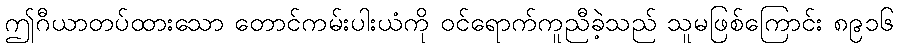
ဤဂီယာတပ်ထားသော တောင်ကမ်းပါးယံကို ဝင်ရောက်ကူညီခဲ့သည် သူမဖြစ်ကြောင်း ၈၉၁၆